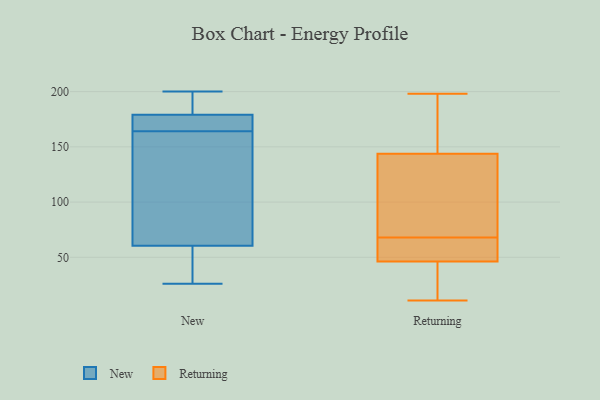
{"axis": {"x": "Population (Million)", "y": "Value"}, "legend": ["New", "Returning"], "data": [{"x": "", "y": 196, "type": "New"}, {"x": "", "y": 200, "type": "New"}, {"x": "", "y": 174, "type": "New"}, {"x": "", "y": 174, "type": "New"}, {"x": "", "y": 195, "type": "New"}, {"x": "", "y": 67, "type": "New"}, {"x": "", "y": 184, "type": "New"}, {"x": "", "y": 41, "type": "New"}, {"x": "", "y": 172, "type": "New"}, {"x": "", "y": 36, "type": "New"}, {"x": "", "y": 54, "type": "New"}, {"x": "", "y": 95, "type": "New"}, {"x": "", "y": 26, "type": "New"}, {"x": "", "y": 157, "type": "New"}, {"x": "", "y": 76, "type": "New"}, {"x": "", "y": 171, "type": "New"}, {"x": "", "y": 167, "type": "Returning"}, {"x": "", "y": 18, "type": "Returning"}, {"x": "", "y": 198, "type": "Returning"}, {"x": "", "y": 64, "type": "Returning"}, {"x": "", "y": 92, "type": "Returning"}, {"x": "", "y": 134, "type": "Returning"}, {"x": "", "y": 11, "type": "Returning"}, {"x": "", "y": 20, "type": "Returning"}, {"x": "", "y": 175, "type": "Returning"}, {"x": "", "y": 13, "type": "Returning"}, {"x": "", "y": 64, "type": "Returning"}, {"x": "", "y": 46, "type": "Returning"}, {"x": "", "y": 119, "type": "Returning"}, {"x": "", "y": 147, "type": "Returning"}, {"x": "", "y": 185, "type": "Returning"}, {"x": "", "y": 132, "type": "Returning"}, {"x": "", "y": 68, "type": "Returning"}, {"x": "", "y": 56, "type": "Returning"}, {"x": "", "y": 47, "type": "Returning"}]}